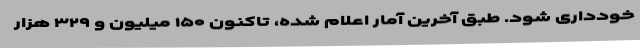
خودداری شود. طبق آخرین آمار اعلام شده، تاکنون ۱۵۰ میلیون و ۳۲۹ هزار